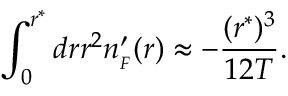
\int _ { 0 } ^ { r ^ { * } } d r r ^ { 2 } n _ { _ { F } } ^ { \prime } ( r ) \approx - { \frac { ( r ^ { * } ) ^ { 3 } } { 1 2 T } } .